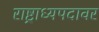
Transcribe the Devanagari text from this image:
राष्ट्राध्यपदावर